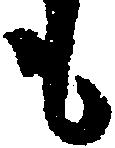
も